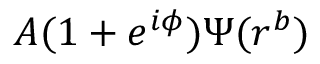
A ( 1 + e ^ { i \phi } ) \Psi ( r ^ { b } )